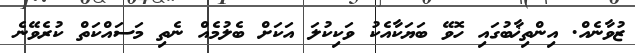
ޒުވާނެއް. އިންތިޚާބުގައި ހޮވޭ ބަޔަކާއެކު ވަކިކުލަ އަކަށް ބެލުމެއް ނެތި މަސައްކަތް ކުރެވޭނެ